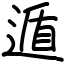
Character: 遁